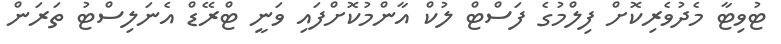
ޓުވިޓާ މެދުވެރިކޮށް ފިލްމުގެ ފަސްޓް ލުކް އާންމުކޮށްފައި ވަނީ ޓްރޭޑް އެނަލިސްޓު ތަރަން